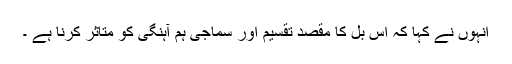
انہوں نے کہا کہ اس بل کا مقصد تقسیم اور سماجی ہم آہنگی کو متاثر کرنا ہے ۔